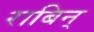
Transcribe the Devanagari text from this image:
राबिन्‌